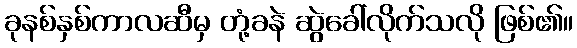
ခုနစ်နှစ်ကာလဆီမှ တုံ့ခနဲ ဆွဲခေါ်လိုက်သလို ဖြစ်၏။